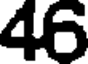
46